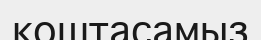
қоштасамыз